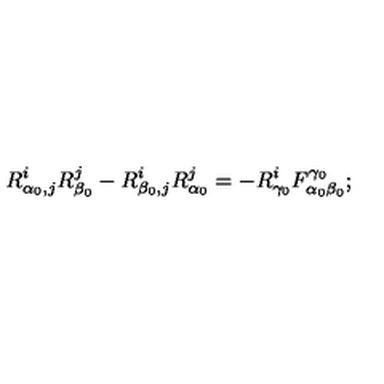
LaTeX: R _ { \alpha _ { 0 } , j } ^ { i } R _ { \beta _ { 0 } } ^ { j } - R _ { \beta _ { 0 } , j } ^ { i } R _ { \alpha _ { 0 } } ^ { j } = - R _ { \gamma _ { 0 } } ^ { i } F _ { \alpha _ { 0 } \beta _ { 0 } } ^ { \gamma _ { 0 } } ;